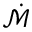
\dot { \mathcal { M } }